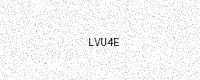
Text: LVU4E